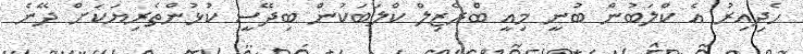
ހެދިއިރު އެ ކްލަބުން ބުނީ މިއީ ބްރެޒިލް ކްލަބަކުން ބިދޭސީ ކުޅުންތެރިޔަކަށް ދޭނެ